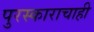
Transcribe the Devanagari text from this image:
पुरस्काराचाही